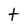
Character: t